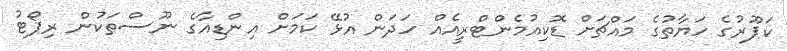
ކަޕޫރުގެ ހަޔާތުގެ މައްޗަށް ޑޮކިއުމެންޓްރީއެއް ހަދަން އުޅޭ ކަމަށް އިންޑިއާގެ ނޫސްތަކުން ރިޕޯޓު